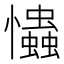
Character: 𢥞